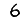
Digit: 6